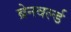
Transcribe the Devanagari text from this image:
ब्रेनवर्ल्ड